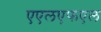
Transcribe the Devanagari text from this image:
एएलएफएल